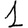
Digit: 1